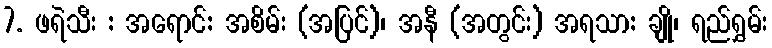
7. ဖရဲသီး : အရောင်: အစိမ်း (အပြင်)၊ အနီ (အတွင်း) အရသာ: ချို၊ ရည်ရွှမ်း